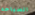
السباحه